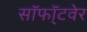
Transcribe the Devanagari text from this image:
सॉफॉ्टवेर